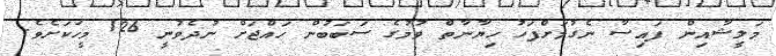
މަލީޝާއިން ފައިސާ ނެގުމަށްފަހު ހިޔާނާތް ވުމުގެ ސަބަބުން ހައްޖަށް ނުދެވުނީ 126 މީހަކަށެވެ.